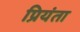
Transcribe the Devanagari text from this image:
प्रियंता